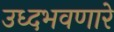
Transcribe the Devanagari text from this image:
उध्दभवणारे